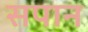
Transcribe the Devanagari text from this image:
सपान